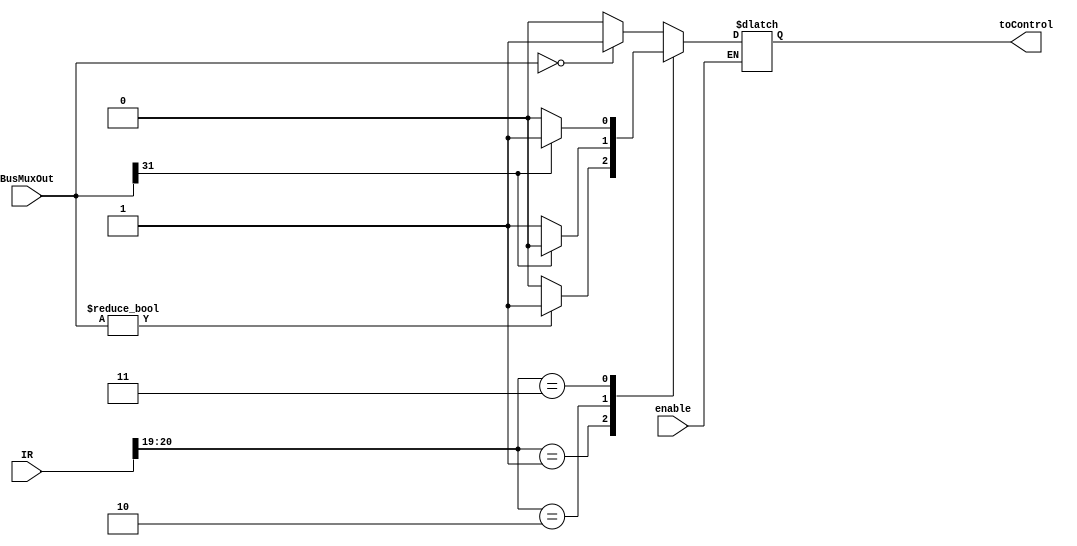
module CON_FF (
    input wire [31:0] IR, // Fixed declaration
    input wire [31:0] BusMuxOut, // Fixed declaration
    input wire enable,
    output reg toControl // Output to control signals (the con_ff bit)
);

initial begin toControl <= 0; end 
//this always block only triggers when enable changes
always @(*) begin
    if(enable) begin
        case(IR[20:19])
            2'b00:
                // Branch if Zero
                begin
                    if (BusMuxOut == 32'd0) toControl <= 1'b1;
                    else toControl <= 1'b0;
                end
            2'b01:
                // Branch if Nonzero
                begin
                    if (BusMuxOut != 32'd0) toControl <= 1'b1;
                    else toControl <= 1'b0;
                end
            2'b10:
                // Branch if Positive
                begin
                    if (BusMuxOut[31] == 0) toControl <= 1'b1;
                    else toControl <= 1'b0;
                end
            2'b11:
                // Branch if Negative
                begin
                    if (BusMuxOut[31] == 1) toControl <= 1'b1;
                    else toControl <= 1'b0;
                end
        endcase
    end 
end
    
endmodule